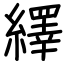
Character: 繹